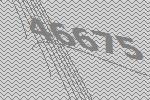
46675